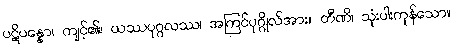
ပဋိပန္နော၊ ကျင့်၏။ ယဿပုဂ္ဂလဿ၊ အကြင်ပုဂ္ဂိုလ်အား။ တီဏိ၊ သုံးပါးကုန်သော။